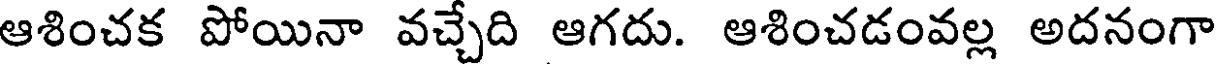
ఆశించక పోయినా వచ్చేది ఆగదు. ఆశించడంవల్ల అదనంగా